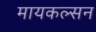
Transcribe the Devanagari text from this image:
मायकल्सन